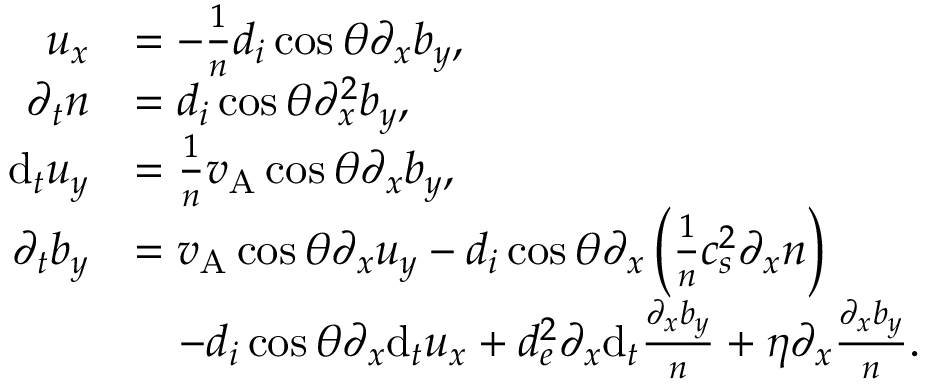
\begin{array} { r l } { u _ { x } } & { = - \frac { 1 } { n } d _ { i } \cos \theta \partial _ { x } b _ { y } , } \\ { \partial _ { t } n } & { = d _ { i } \cos \theta \partial _ { x } ^ { 2 } b _ { y } , } \\ { \mathrm { d } _ { t } u _ { y } } & { = \frac { 1 } { n } v _ { \mathrm { A } } \cos \theta \partial _ { x } b _ { y } , } \\ { \partial _ { t } b _ { y } } & { = v _ { \mathrm { A } } \cos \theta \partial _ { x } u _ { y } - d _ { i } \cos \theta \partial _ { x } \left( \frac { 1 } { n } c _ { s } ^ { 2 } \partial _ { x } n \right) } \\ & { \quad - d _ { i } \cos \theta \partial _ { x } \mathrm { d } _ { t } u _ { x } + d _ { e } ^ { 2 } \partial _ { x } \mathrm { d } _ { t } \frac { \partial _ { x } b _ { y } } { n } + \eta \partial _ { x } \frac { \partial _ { x } b _ { y } } { n } . } \end{array}